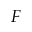
F